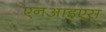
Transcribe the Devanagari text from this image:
एनआइएस